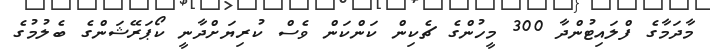
މާދަމާގެ ފްލައިޓުންދާ 300 މީހުންގެ ޗެކިން ކަންކަން ވެސް ކުރިޔަށްދާނީ ކޯޕަރޭޝަންގެ ބެލުމުގެ